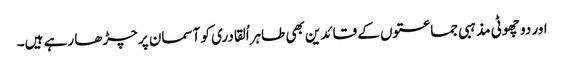
اور دو چھوٹی مذہبی جماعتوں کے قائدین بھی طاہراُلقادری کو آسمان پر چڑھا رہے ہیں۔